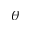
\theta